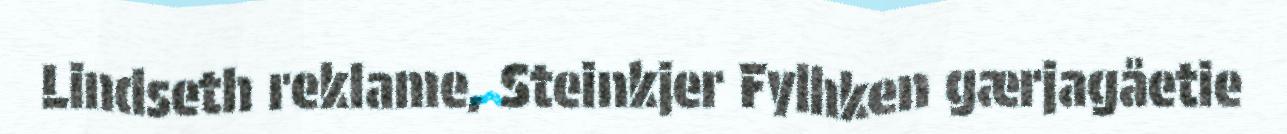
Lindseth reklame, Steinkjer Fylhken gærjagåetie